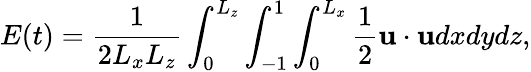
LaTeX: E(t)=\frac{1}{2L_{x}L_{z}}\int_{0}^{L_{z}}\int_{-1}^{1}\int_{0}^{L_{x}}\frac{1}{2}\mathbf{u}\cdot\mathbf{u}dxdydz,